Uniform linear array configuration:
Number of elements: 16
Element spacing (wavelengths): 0.25
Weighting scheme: binomial
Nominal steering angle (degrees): -45
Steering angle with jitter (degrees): -45.648
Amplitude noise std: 0.05
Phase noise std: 0.05

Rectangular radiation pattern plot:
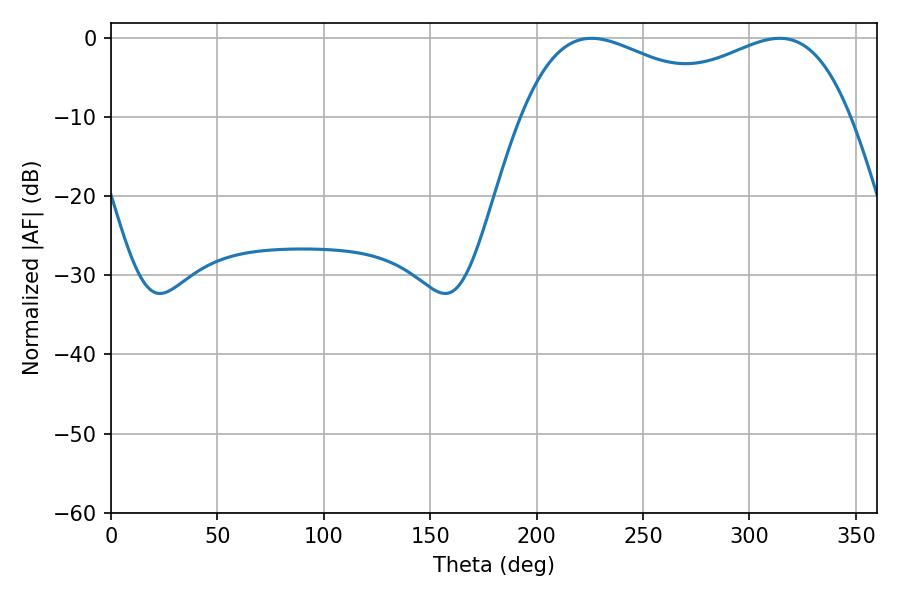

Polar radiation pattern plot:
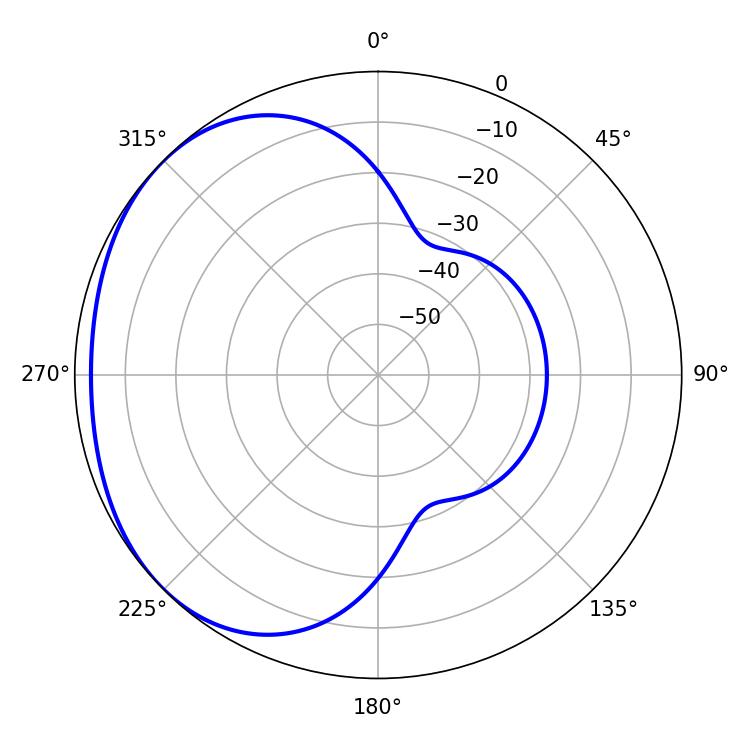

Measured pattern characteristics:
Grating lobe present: FALSE
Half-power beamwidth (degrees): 55.98
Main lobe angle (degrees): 225.72